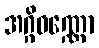
အဂ္ဂိဝဏ္ဏော